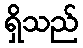
ရှိသည်